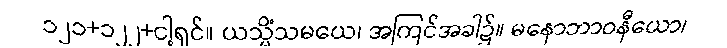
၁၂၁+၁၂၂+ငါ့ရှင်။ ယသ္မိံသမယေ၊ အကြင်အခါ၌။ မနောဘာဝနီယော၊